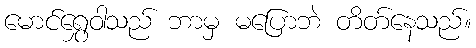
မောင်ရွှေဝါသည် ဘာမှ မပြောဘဲ တိတ်နေသည်။